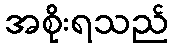
အစိုးရသည်